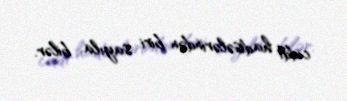
ciddi hadisələrindən biri sayıla bilər.